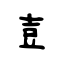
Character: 壴